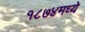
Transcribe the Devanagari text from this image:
१८७४मध्ये